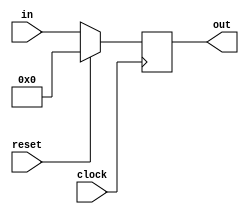
module PC(input [31:0] in, input clock, input reset, output reg [31:0] out);
	
	
	always@(posedge clock)
	begin
		if(reset)
		begin
			out <= 32'b000000000000000000000000000000000; 	//inital PC
		end
		else
		begin
			out <= in; 	//new PC value
		end
		
	end

endmodule